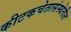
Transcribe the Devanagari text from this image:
कीटकचेतासंस्थेतील